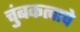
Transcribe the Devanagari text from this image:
चुंबकत्वाचे